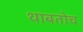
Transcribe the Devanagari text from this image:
थाबतोच